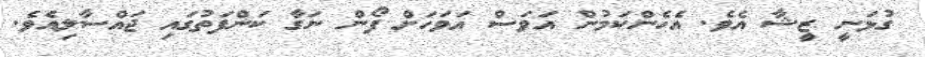
ގުޅަނީ ޒީޝާ އެވެ. އެހެންކަމުން އަވަސް އަވަހަށް ފޯން ނަގާ ކަންފަތުގައި ޖައްސާލިއެވެ.